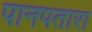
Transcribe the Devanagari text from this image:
पानपतारा